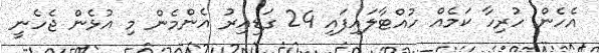
އެހެން ހުރިހާ ކަމެއް ހުއްޓާލައިފައި 24 ގަޑިއިރު އެންމެން މި އުޅެން ޖެހެނީ